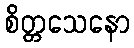
စိတ္တသေနော